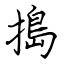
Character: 搗